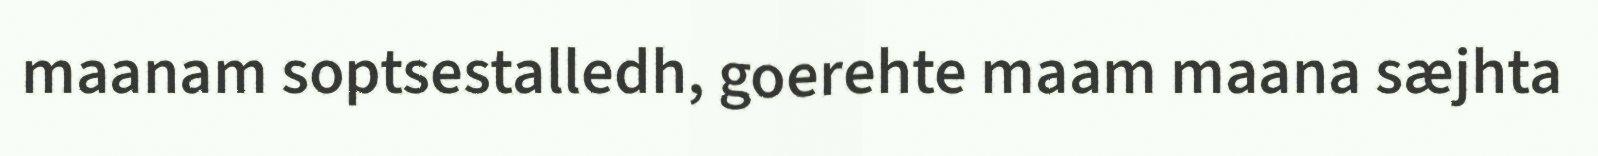
maanam soptsestalledh, goerehte maam maana sæjhta